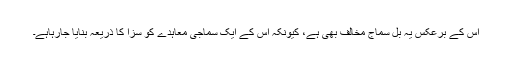
اس کے برعکس یہ بل سماج مخالف بھی ہے، کیونکہ اس کے ایک سماجی معاہدے کو سزا کا ذریعہ بنایا جارہاہے۔